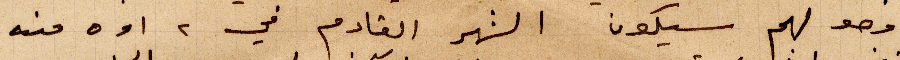
ووصولهم سيكون الشهر القادر في ٢ او ٥ منه